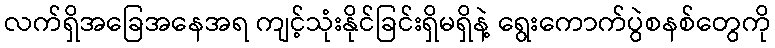
လက်ရှိအခြေအနေအရ ကျင့်သုံးနိုင်ခြင်းရှိမရှိနဲ့ ရွေးကောက်ပွဲစနစ်တွေကို